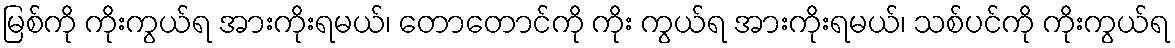
မြစ်ကို ကိုးကွယ်ရ အားကိုးရမယ်၊ တောတောင်ကို ကိုး ကွယ်ရ အားကိုးရမယ်၊ သစ်ပင်ကို ကိုးကွယ်ရ